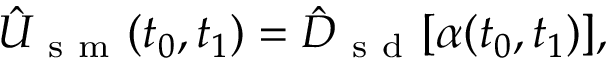
\hat { U } _ { \mathrm { ~ s ~ m ~ } } ( t _ { 0 } , t _ { 1 } ) = \hat { D } _ { \mathrm { ~ s ~ d ~ } } [ \alpha ( t _ { 0 } , t _ { 1 } ) ] ,